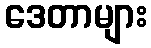
ဒေတာများ